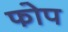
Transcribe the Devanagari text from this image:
फोप